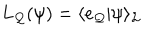
L _ { \cal Q } ( { \psi } ) = \langle e _ { \cal Q } | { \psi } \rangle _ { \cal L }